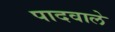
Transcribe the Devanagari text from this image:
पादवाले